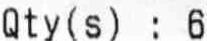
QTY(S) : 6